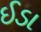
ઈડા